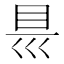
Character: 𭾡